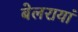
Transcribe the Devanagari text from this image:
बेलरायां